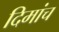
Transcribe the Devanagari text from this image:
दिमांच